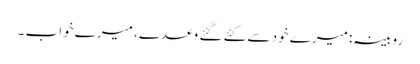
روبینہ:میرے خود سے کئے گئے وعدے ، میرے خواب ۔